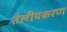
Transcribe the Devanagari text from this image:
तैलीयकरण